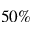
5 0 \%